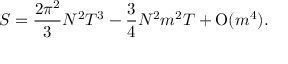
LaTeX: { \cal S } = \frac { 2 \pi ^ { 2 } } { 3 } N ^ { 2 } T ^ { 3 } - \frac { 3 } { 4 } N ^ { 2 } m ^ { 2 } T + \mathrm { O } ( m ^ { 4 } ) .